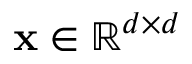
\mathbf { x } \in \mathbb { R } ^ { d \times d }